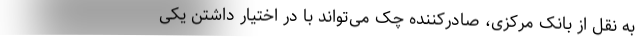
به نقل از بانک مرکزی، صادرکننده چک می‌تواند با در اختیار داشتن یکی